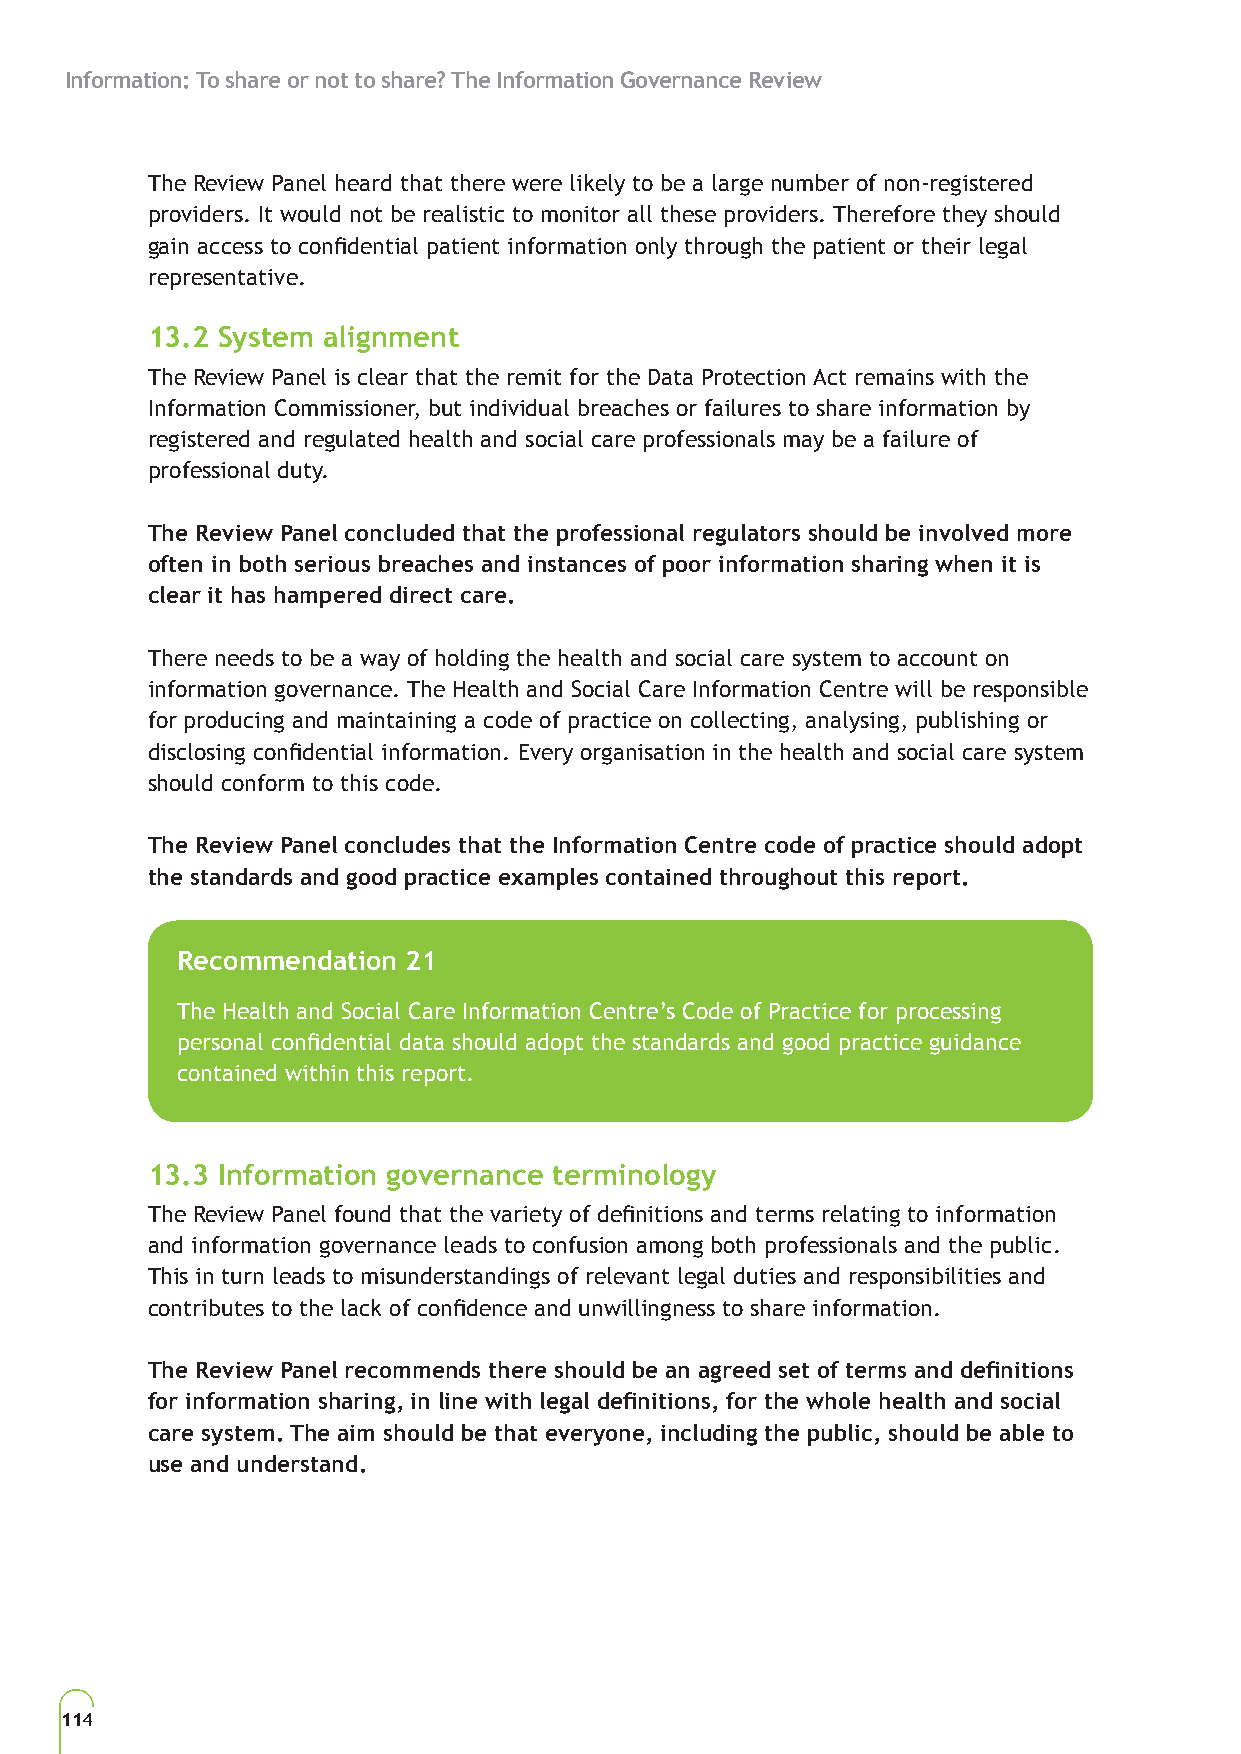
Information: To share or not to share? The Information Governance Review
 The Review Panel heard that there were likely to be a large number of non-registered
 providers. It would not be realistic to monitor all these providers. Therefore they should
 gain access to confidential patient information only through the patient or their legal
 representative.
 13.2 System alignment
 The Review Panel is clear that the remit for the Data Protection Act remains with the
 Information Commissioner, but individual breaches or failures to share information by
 registered and regulated health and social care professionals may be a failure of
 professional duty.
 The Review Panel concluded that the professional regulators should be involved more
 often in both serious breaches and instances of poor information sharing when it is
 clear it has hampered direct care.
 There needs to be a way of holding the health and social care system to account on
 information governance. The Health and Social Care Information Centre will be responsible
 for producing and maintaining a code of practice on collecting, analysing, publishing or
 disclosing confidential information. Every organisation in the health and social care system
 should conform to this code.
 The Review Panel concludes that the Information Centre code of practice should adopt
 the standards and good practice examples contained throughout this report.
 Recommendation 21
 The Health and Social Care Information Centre’s Code of Practice for processing
 personal confidential data should adopt the standards and good practice guidance
 contained within this report.
 13.3 Information governance terminology
 The Review Panel found that the variety of definitions and terms relating to information
 and information governance leads to confusion among both professionals and the public.
 This in turn leads to misunderstandings of relevant legal duties and responsibilities and
 contributes to the lack of confidence and unwillingness to share information.
 The Review Panel recommends there should be an agreed set of terms and definitions
 for information sharing, in line with legal definitions, for the whole health and social
 care system. The aim should be that everyone, including the public, should be able to
 use and understand.
 114